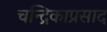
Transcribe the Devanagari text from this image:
चन्द्रिकाप्रसाद